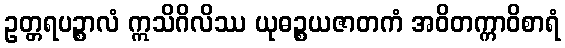
ဥတ္တရပဉ္စာလံ ဣသိဂိလိဿ ယုဓဉ္စယဇာတကံ အဝိတက္ကာဝိစာရံ